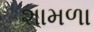
શામળા